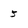
Character: 5